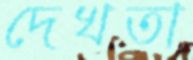
দেখতা